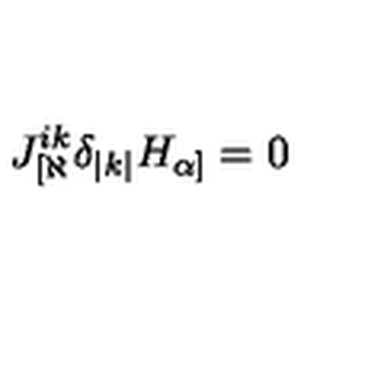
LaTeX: J _ { [ \aleph } ^ { i k } \delta _ { | k | } H _ { \alpha ] } = 0